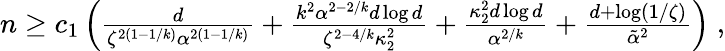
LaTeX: \begin{array}{r}{n\geq c_{1}\left(\frac{d}{\zeta^{2(1-1/k)}\alpha^{2(1-1/k)}}+\frac{k^{2}\alpha^{2-2/k}d\log d}{\zeta^{2-4/k}\kappa_{2}^{2}}+\frac{\kappa_{2}^{2}d\log d}{\alpha^{2/k}}+\frac{d+\log(1/\zeta)}{\tilde{\alpha}^{2}}\right)\; ,}\end{array}